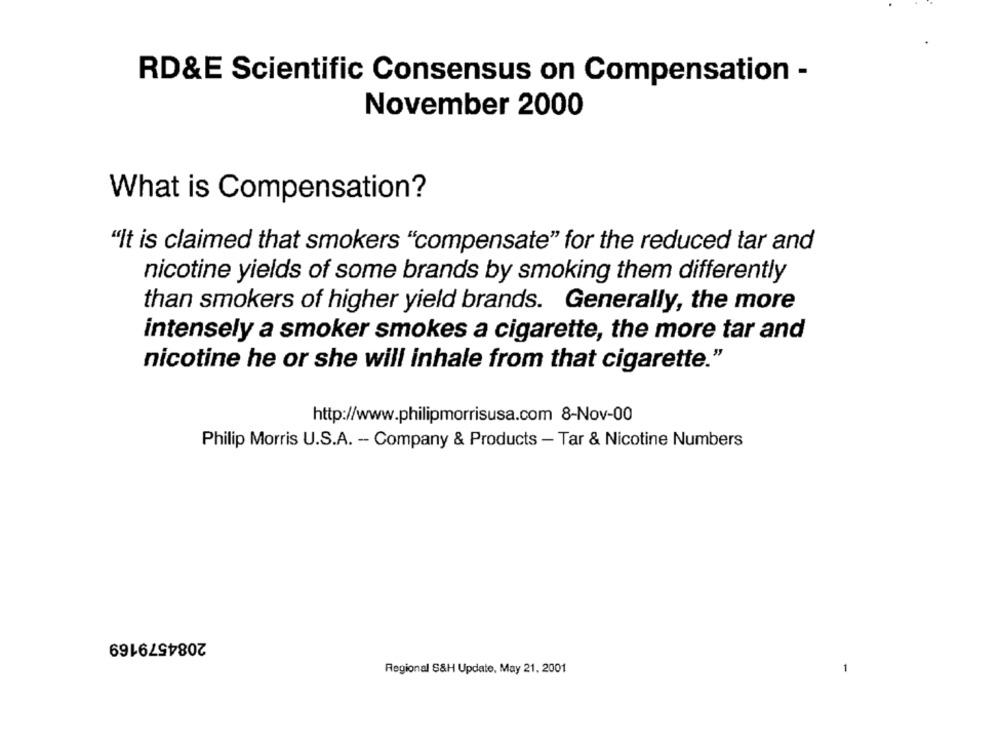
RD&E Scientific Consensus on Compensation -
November 2000
What is Compensation?
"It is claimed that smokers "compensate" for the reduced tar and
nicotine yields of some brands by smoking them differently
than smokers of higher yield brands. Generally, the more
intensely a smoker smokes a cigarette, the more tar and
nicotine he or she will inhale from that cigarette."
http://www.philipmorrisusa.com 8-Nov-00
Philip Morris U.S.A. - Company & Products - Tar & Nicotine Numbers
2084579169
Regional S&H Update, May 21. 2001